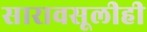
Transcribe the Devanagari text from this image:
सारावसूलीही